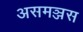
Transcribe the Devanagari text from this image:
असमञ्जस